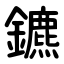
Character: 鑣